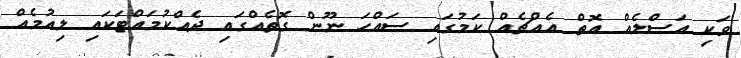
ވަކި އަސްލެއް އޮތް އެއްޗެއް ކަމުގައި ސައްހަ ނޫން ގޮތެއްގައި ދެއްކުމައްޓަކައި ލިއުމެއް